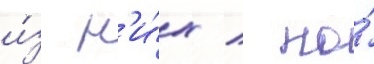
и́з н'и́х / по́